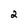
Character: 2